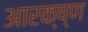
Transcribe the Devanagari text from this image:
आरक्ष्ण